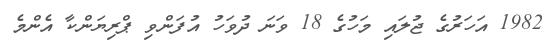
1982 އަހަރުގެ ޖުލައި މަހުގެ 18 ވަނަ ދުވަހު އުފަންވި ޕްރިޔަންކާ އެންމެ